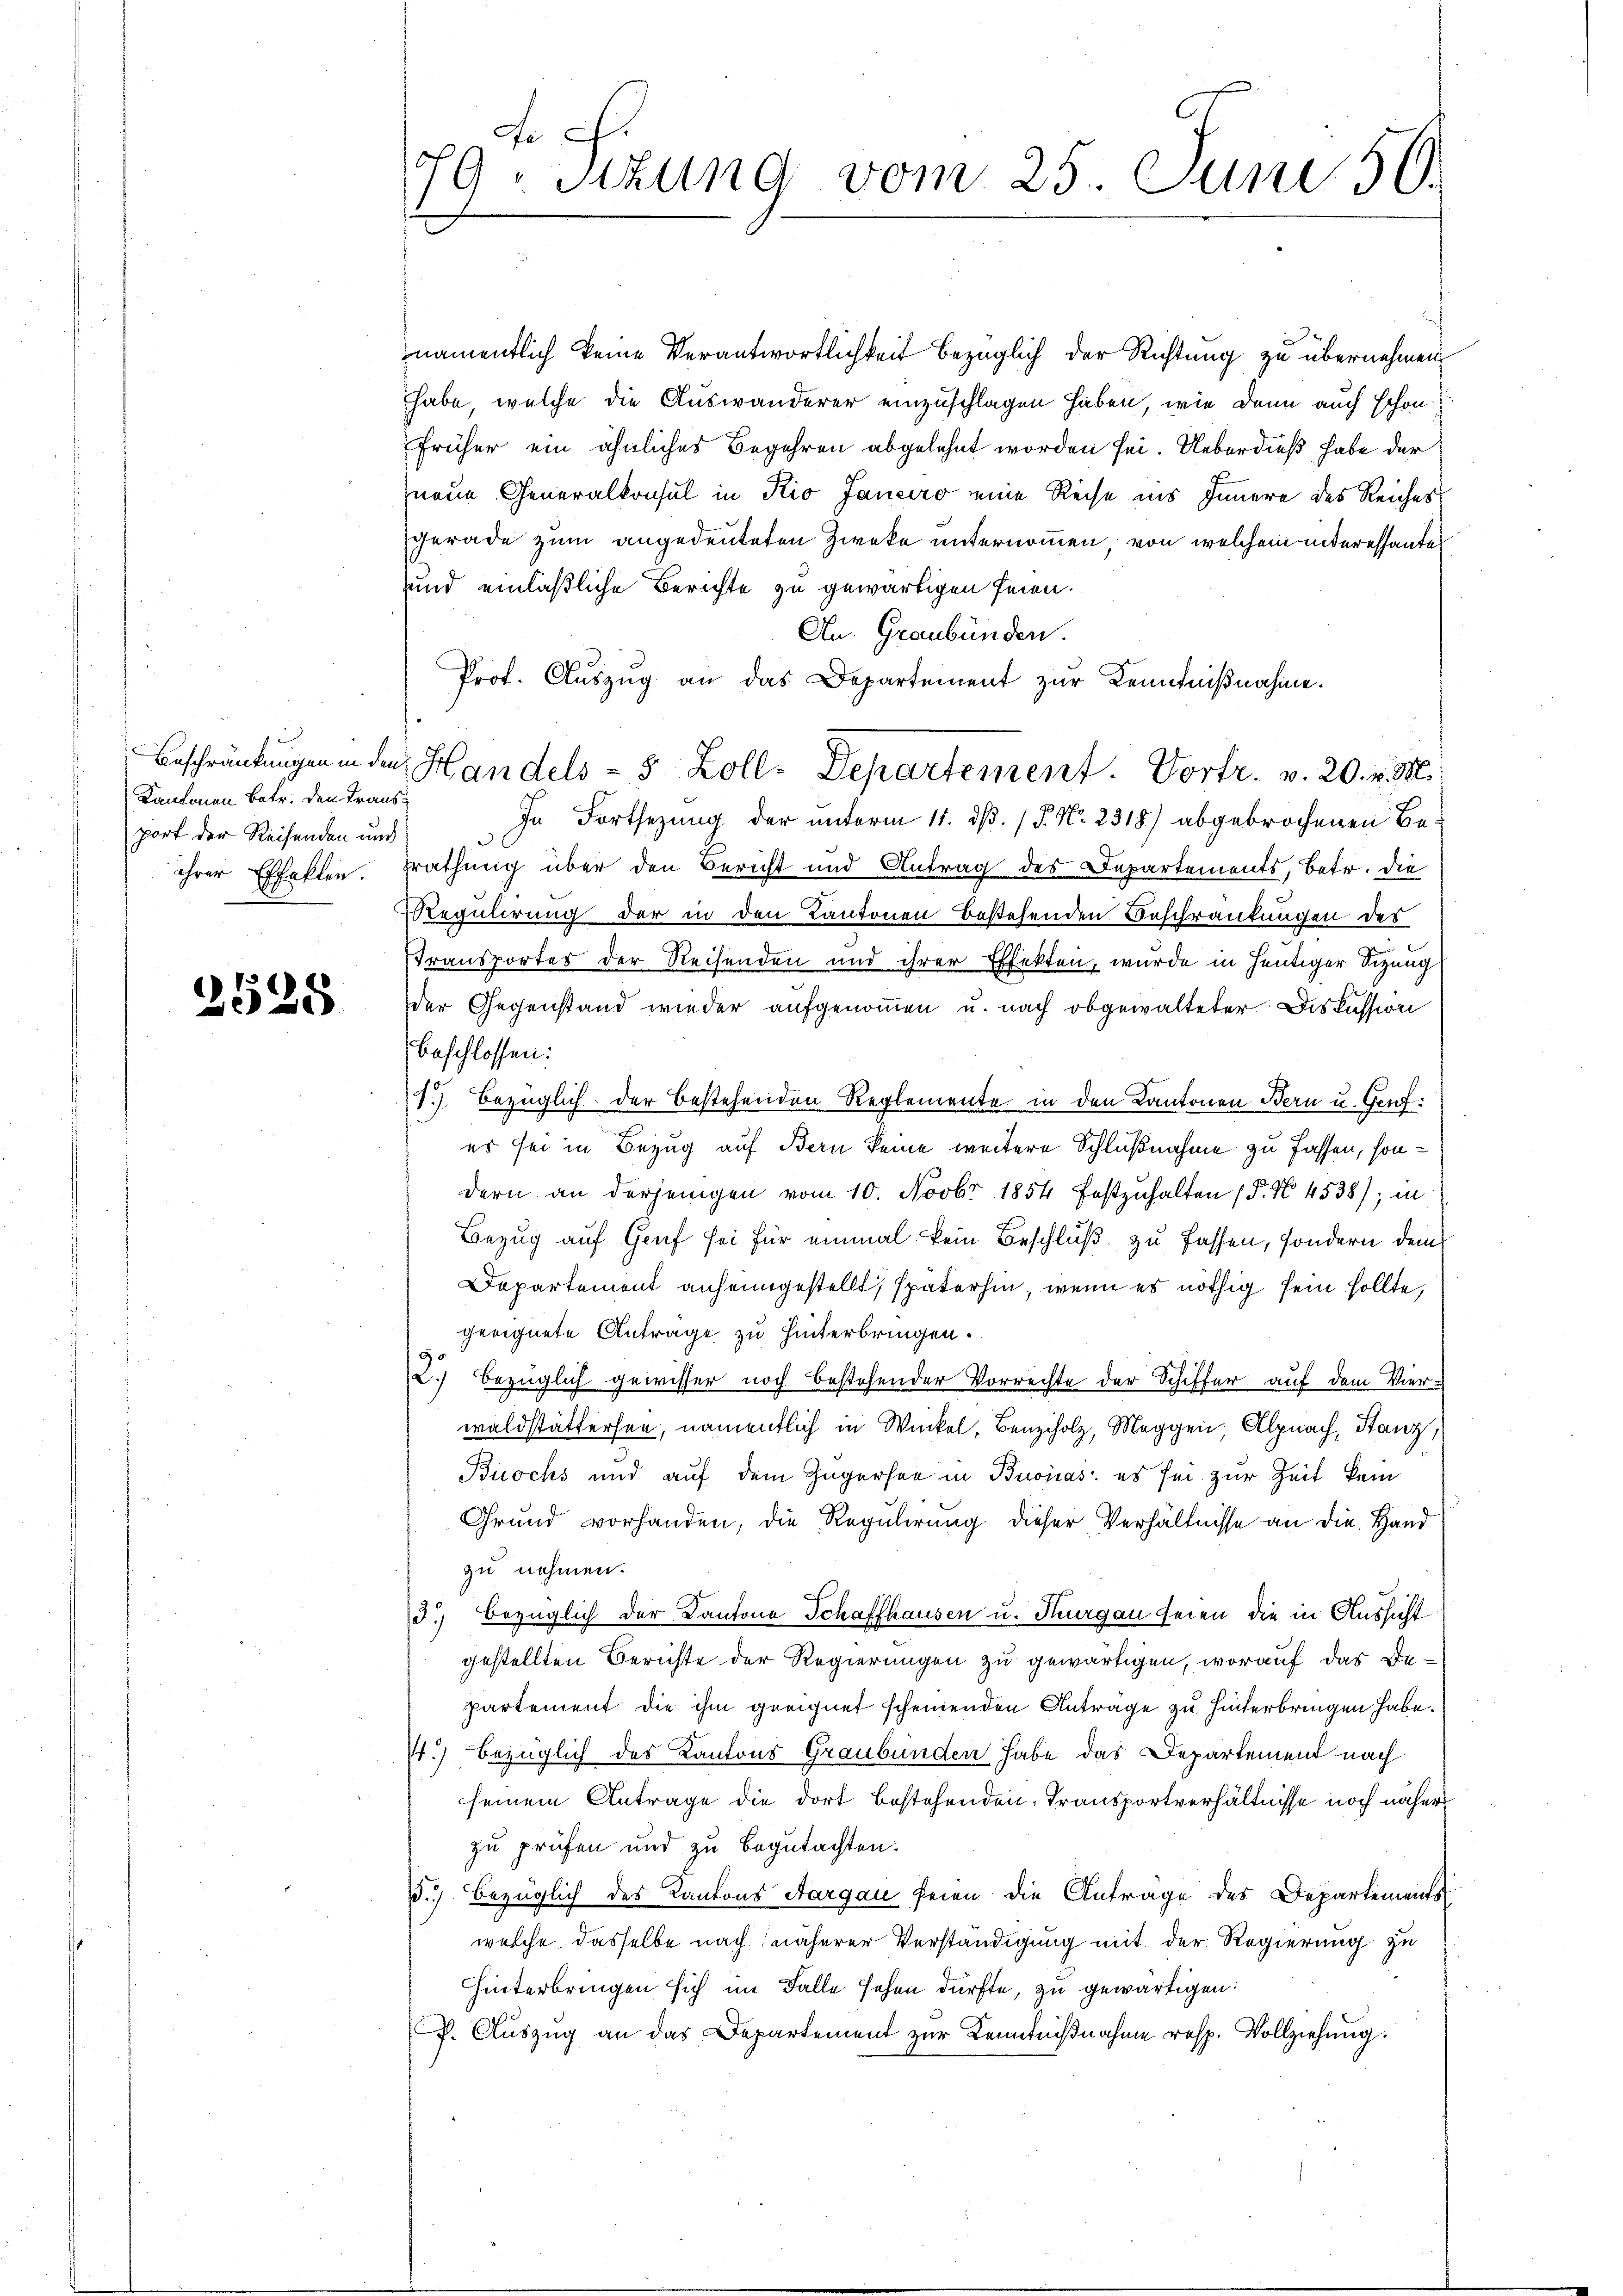
Kantonen Betr. den Transport der Reisenden und

2528

namentlich keine Verantwortlichkeit bezüglich der Richtung zu übernehmen
habe, welche die Auswanderer einzuschlagen haben, wie dann auch schon
früher ein ähnliches Begehren abgelehnt worden sei. Ueberdieß habe der
neue Generalkonsul in Kio Janeiro eine Reise ins Innere des Reiches
gerade zum angedeuteten Zwecke unternommen, von welchem interessante
und einläßliche Berichte zu gewärtigen seien.
An. Graubünden.
Prof. Aŭszŭg an das Departement zŭr Kenntniβnahme.
In Fortsezung der unterm 11. dß. / 5. No. 2318) abgebrochenen Beihrer Effekten. Frathung über den Bericht und Antrag des Departements, betr. die
Regulirung der in den Kantonen bestehenden Beschränkungen des
Transportes der Reisenden und ihrer Effekten, wurde in heutiger Sizung
der Gegenstand wieder aufgenommen u. nach obgewalteter Diskussion
beschlossen:
1.) Bezüglich der bestehenden Reglemente in den Kantonen Bern u. Genf:
es sei in Bezug auf Bern keine weitere Schlußnahme zu fassen, sondern an derjenigen vom 10. Novbr 1854 festzŭhalten (§. N. 4538), in
Bezug auf Gruf sei für einmal kein Beschluß zu fassen, sondern dem
Departement anheimgestellt, späterhin, wenn es nöthig sein sollte,
geeignete Antrage zu hinterbringen.
2.) bezüglich gewisser noch bestehender Vorrechte der Schiffer auf dem Vierwaldstättersee, namentlich in Winkel, Benzholz, Meggen, Alpnach, Stanz,
Buochs und auf dem Zugerson in Buonas, es sei zur Zeit kein
Grund vorhanden, die Regulirung dieser Verhältnisse an die Hand
zu nehmen.
3.) Bezüglich der Kantone Schaffhausen u. Thurgau seien die in Aussicht
gestellten Berichte der Regierungen zu gewärtigen, worauf das Departement die ihm geeignet scheinenden Anträge zu hinterbringen habe.
7.) bezüglich des Kantons Graubünden habe das Departement nach
seinem Antrage die dort bestehenden, Transportverhältnisse noch näher
zu prüfen und zu begutachten.
d.) Bezüglich des Kantons Aargau feien die Anträge des Departements
welche dasselbe nach näherer Verständigung mit der Regierung zu
Hinterbringen sich im Falle sehen dürfte, zu gewärtigen:
P. Aŭszŭg an das Departement zŭr Kenntniβnahme resp. Vollziehung.

F. F.
79. Sitzung vom 25. Juni 59.

Beschränkungen in den Handels- 5 Zoll-Departement. Vortr. v. 20. v. M.